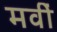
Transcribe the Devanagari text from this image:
मवीं